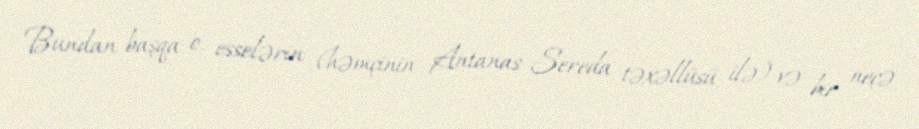
Bundan başqa o, esselərin (həmçinin Antanas Sereda təxəllüsü ilə) və bir neçə